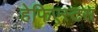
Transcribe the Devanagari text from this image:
हेफिएस्टस